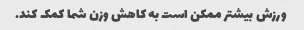
ورزش بیشتر ممکن است به کاهش وزن شما کمک کند.